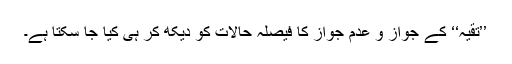
’’تقیہ‘‘ کے جواز و عدمِ جواز کا فیصلہ حالات کو دیکھ کر ہی کیا جا سکتا ہے۔